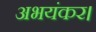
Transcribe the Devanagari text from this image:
अभयंकर।